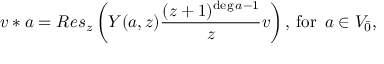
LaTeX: v * a = R e s _ { z } \left( Y ( a , z ) \frac { ( z + 1 ) ^ { \deg a - 1 } } { z } v \right) , \, \mathrm { f o r } \, \, \, a \in V _ { \bar { 0 } } ,